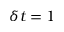
\delta t = 1